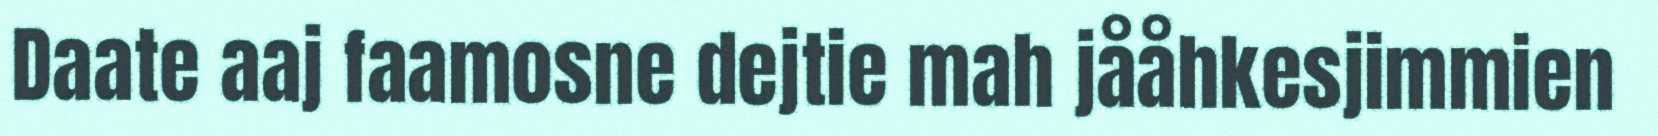
Daate aaj faamosne dejtie mah jååhkesjimmien